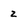
Character: z